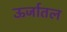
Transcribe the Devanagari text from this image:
ऊर्जातल